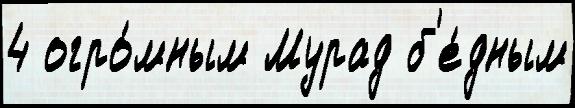
4 огро́мным Мурад б'е́дным